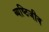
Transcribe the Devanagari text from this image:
व्यष्टिजीव